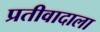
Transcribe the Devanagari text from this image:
प्रतीवादाला